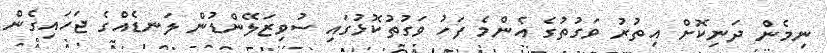
ނިމެން ދަނިކޮށް އިތުރު ވަގުތުގެ އެންމެ ފަހު ވަގުތުކޮޅުގައި ސުވިޒަލޭންޑުން ލަނޑެއްގެ ޖަހައިގެން